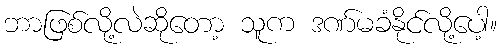
ဘာဖြစ်လို့လဲဆိုတော့ သူက ဒဏ်မခံနိုင်လို့ပေါ့။